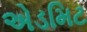
એડમિટ